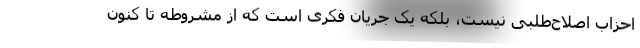
احزاب اصلاح‌طلبی نیست، بلکه یک جریان فکری است که از مشروطه تا کنون